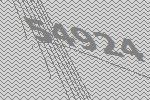
54924